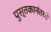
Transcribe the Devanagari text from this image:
पुस्तकानंतरचे